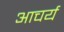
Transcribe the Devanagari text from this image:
आचर्य